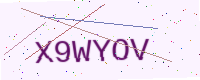
Text: X9WYOV